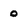
Character: o